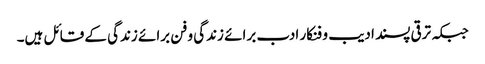
جبکہ ترقی پسند ادیب و فنکار ادب برائے زندگی و فن برائے زندگی کے قائل ہیں۔